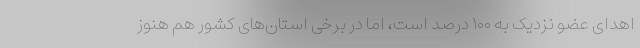
اهدای عضو نزدیک به ۱۰۰ درصد است، اما در برخی استان‌های کشور هم هنوز